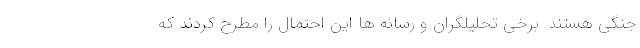
جنگی هستند. برخی تحلیلگران و رسانه ها این احتمال را مطرح کردند که